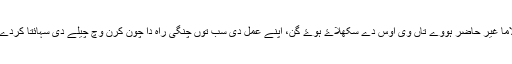
فیر جے لاما غیر حاضر ہووے تاں وی اوس دے سکھلاۓ ہوۓ گُن، اپنے عمل دی سب توں چنگی راہ دا چون کرن وچ چیلے دی سہائتا کردے رہن گے۔